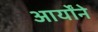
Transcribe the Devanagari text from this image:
आर्योंने